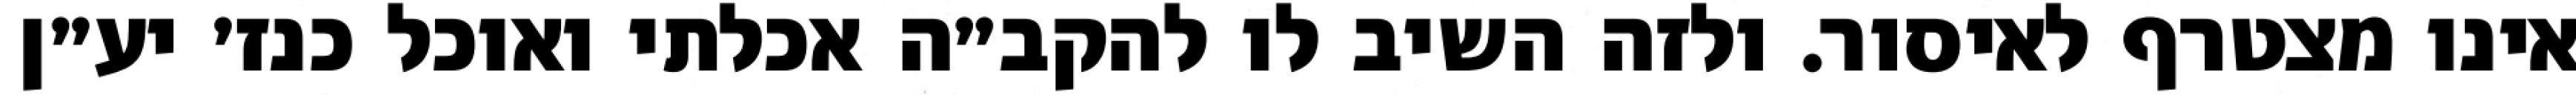
אינו מצטרף לאיסור. ולזה השיב לו להקב״ה אכלתי ואוכל כנז׳ יע״ן